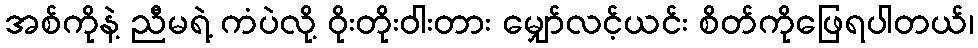
အစ်ကိုနဲ့ ညီမရဲ့ ကံပဲလို့ ဝိုးတိုးဝါးတား မျှော်လင့်ယင်း စိတ်ကိုဖြေရပါတယ်၊